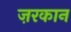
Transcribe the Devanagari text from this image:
ज़रकान